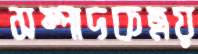
সম্পাদকত্রয়